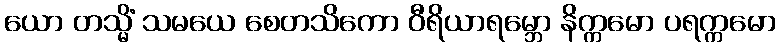
ယော တသ္မိံ သမယေ စေတသိကော ဝီရိယာရမ္ဘော နိက္ကမော ပရက္ကမော